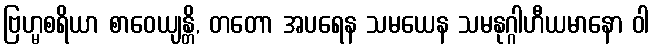
ဗြဟ္မစရိယာ စာဝေယျန္တိ, တတော အပရေန သမယေန သမနုဂ္ဂါဟီယမာနော ဝါ